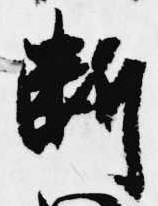
断